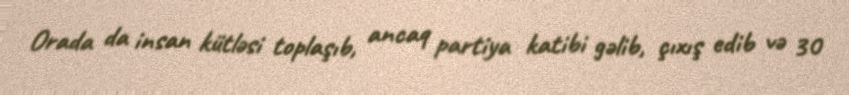
Orada da insan kütləsi toplaşıb, ancaq partiya katibi gəlib, çıxış edib və 30